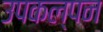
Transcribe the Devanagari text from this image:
उपकल्पन